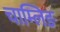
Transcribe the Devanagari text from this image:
चाम्लिङ